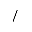
/